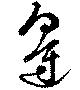
邊